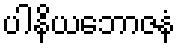
ပါနိယဘောဇနံ